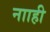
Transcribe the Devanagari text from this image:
नााही